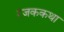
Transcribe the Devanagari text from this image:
रंजककथा